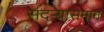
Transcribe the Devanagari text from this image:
सदर्‍यासमान